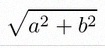
\sqrt{a^2+b^2}